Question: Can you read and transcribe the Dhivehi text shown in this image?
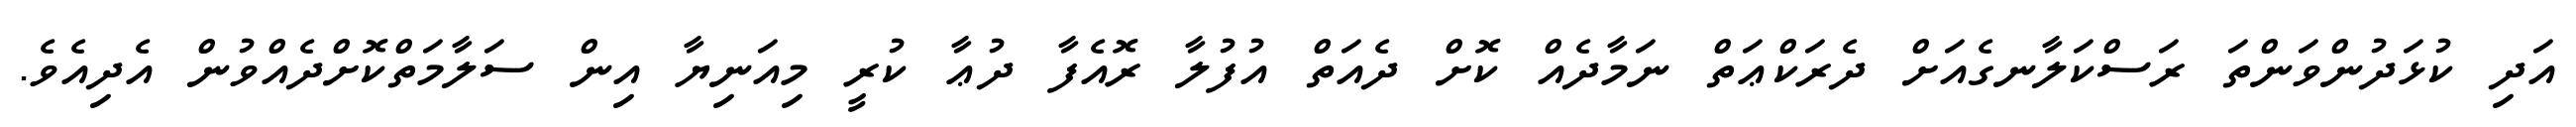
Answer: އަދި ކުޅަދުންވަންތަ ރަސްކަލާނގެއަށް ދެރަކްޢަތް ނަމާދެއް ކޮށް ދެއަތް އުފުލާ ރޮއެފާ ދުޢާ ކުރީ މިއަނިޔާ އިން ސަލާމަތްކޮށްދެއްވުން އެދިއެވެ.